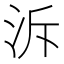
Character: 泝